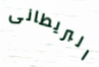
البريطانى